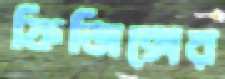
ফিজিক্সের